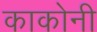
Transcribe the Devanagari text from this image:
काकोनी